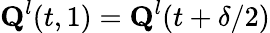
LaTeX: \textbf{Q}^{l}(t,1)=\textbf{Q}^{l}(t+\delta/2)